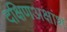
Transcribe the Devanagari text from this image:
दक्षिणअक्षांश